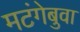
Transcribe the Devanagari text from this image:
मटंगेबुवा